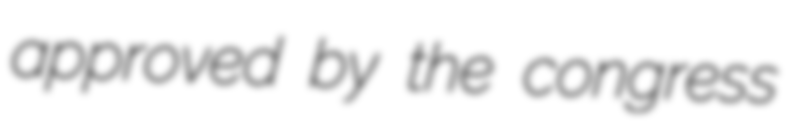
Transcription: approved by the congress